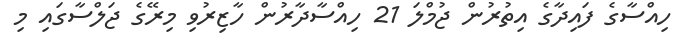
ހިއްސާގެ ފައިދާގެ އިތުރުން ޖުމްލަ 21 ހިއްސާދާރުން ހާޒިރުވި މިރޭގެ ޖަލްސާގައި މި